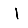
Digit: 1